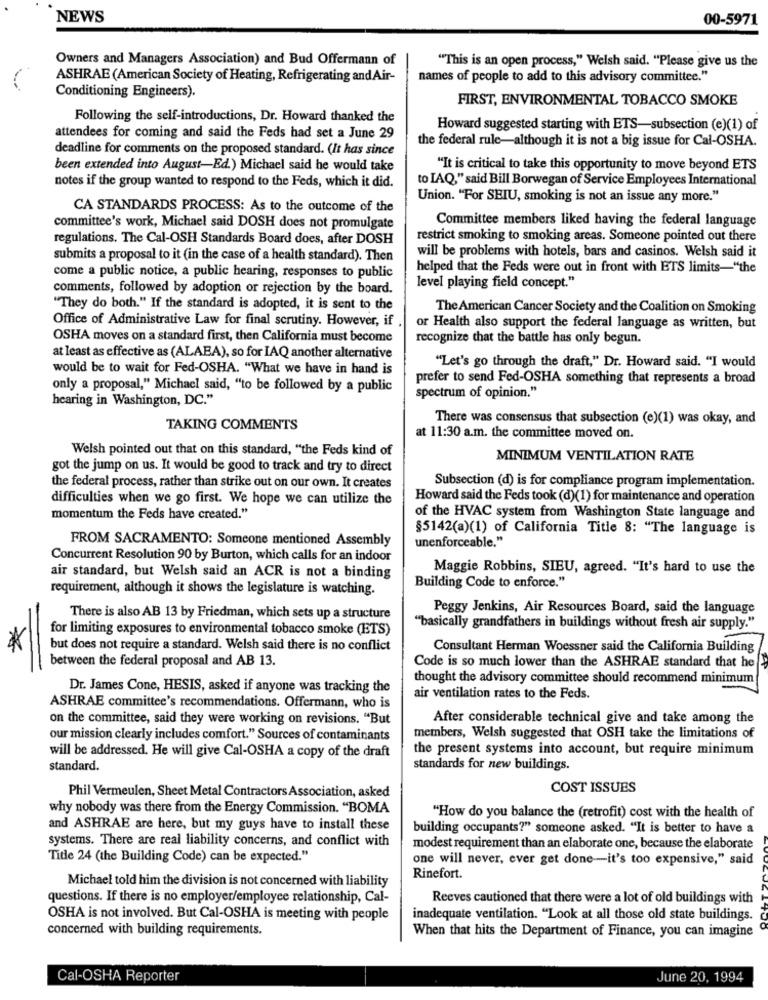
NEWS
00-5971
Owners and Managers Association) and Bud Offermann of
"This is an open process," Welsh said. "Please give us the
ASHRAE (American Society of Heating, Refrigerating and Air-
names of people to add to this advisory committee."
Conditioning Engineers).
FIRST, ENVIRONMENTAL TOBACCO SMOKE
Following the self-introductions, Dr. Howard thanked the
Howard suggested starting with ETS-subsection (e)(1) of
attendees for coming and said the Feds had set a June 29
the federal rule-although it is not a big issue for Cal-OSHA.
deadline for comments on the proposed standard. (It has since
been extended into August-Ed.) Michael said he would take
"It is critical to take this opportunity to move beyond ETS
notes if the group wanted to respond to the Feds, which it did.
to IAQ," said Bill Borwegan of Service Employees International
Union. "For SEIU, smoking is not an issue any more."
CA STANDARDS PROCESS: As to the outcome of the
Committee members liked having the federal language
committee's work, Michael said DOSH does not promulgate
regulations. The Cal-OSH Standards Board does, after DOSH
restrict smoking to smoking areas. Someone pointed out there
will be problems with hotels, bars and casinos. Welsh said it
submits a proposal to it (in the case of a health standard). Then
helped that the Feds were out in front with ETS limits-"the
come a public notice, a public hearing, responses to public
comments, followed by adoption or rejection by the board.
level playing field concept."
"They do both." If the standard is adopted, it is sent to the
The American Cancer Society and the Coalition on Smoking
Office of Administrative Law for final scrutiny. However, if
or Health also support the federal language as written, but
OSHA moves on a standard first, then California must become
recognize that the battle has only begun.
at least as effective as (ALAEA), so for IAQ another alternative
"Let's go through the draft," Dr. Howard said. "I would
would be to wait for Fed-OSHA. "What we have in hand is
prefer to send Fed-OSHA something that represents a broad
only a proposal," Michacl said, "to be followed by a public
spectrum of opinion."
hearing in Washington, DC."
There was consensus that subsection (e)(1) was okay, and
TAKING COMMENTS
at 11:30 a.m. the committee moved on.
Welsh pointed out that on this standard, "the Feds kind of
MINIMUM VENTILATION RATE
got the jump on us. It would be good to track and try to direct
Subsection (d) is for compliance program implementation.
the federal process, rather than strike out on our own. It creates
difficulties when we go first. We hope we can utilize the
Howard said the Feds took (d)(1) for maintenance and operation
momentum the Feds have created."
of the HVAC system from Washington State language and
§5142(a)(1) of California Title 8: "The language is
FROM SACRAMENTO: Someone mentioned Assembly
unenforceable."
Concurrent Resolution 90 by Burton, which calls for an indoor
Maggie Robbins, SIEU, agreed. "It's hard to use the
air standard, but Welsh said an ACR is not a binding
requirement, although it shows the legislature is watching.
Building Code to enforce."
Peggy Jenkins, Air Resources Board, said the language
There is also AB 13 by Friedman, which sets up a structure
for limiting exposures to environmental tobacco smoke (ETS)
"basically grandfathers in buildings without fresh air supply."
but does not require a standard. Welsh said there is no conflict
Consultant Herman Woessner said the California Building
between the federal proposal and AB 13.
Code is so much lower than the ASHRAE standard that he
thought the advisory committee should recommend minimum
Dr. James Cone, HESIS, asked if anyone was tracking the
air ventilation rates to the Feds.
ASHRAE committee's recommendations. Offermann, who is
on the committee, said they were working on revisions. "But
After considerable technical give and take among the
our mission clearly includes comfort." Sources of contaminants
members, Welsh suggested that OSH take the limitations of
will be addressed. He will give Cal-OSHA a copy of the draft
the present systems into account, but require minimum
standard.
standards for new buildings.
COST ISSUES
Phil Vermeulen, Sheet Metal Contractors Association, asked
why nobody was there from the Energy Commission. "BOMA
"How do you balance the (retrofit) cost with the health of
and ASHRAE are here, but my guys have to install these
building occupants?" someone asked. "It is better to have a
systems. There are real liability concerns, and conflict with
modest requirement than an elaborate one, because the elaborate
Title 24 (the Building Code) can be expected."
one will never, ever get done-it's too expensive," said
Michael told him the division is not concerned with liability
Rinefort.
questions. If there is no employer/employee relationship, Cal-
Reeves cautioned that there were a lot of old buildings with
OSHA is not involved. But Cal-OSHA is meeting with people
inadequate ventilation. "Look at all those old state buildings.
concerned with building requirements.
When that hits the Department of Finance, you can imagine
Cal-OSHA Reporter
June 20, 1994